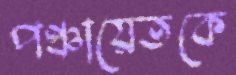
পঞ্চায়েতকে